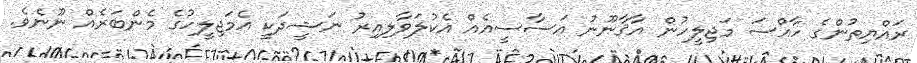
ރައްޔިތުންގެ ހާއްސަ މަޖިލީހުން އާޤާނޫނު އަސާސީއެއް އެކުލަވާލިއިރު ނަޝީދަކީ އެމަޖިލީހުގެ މެންބަރެއް ނޫނެވެ.